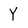
Character: Y